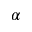
\boldsymbol { \alpha }